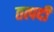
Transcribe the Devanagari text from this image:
तत्पदी